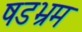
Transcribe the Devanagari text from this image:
षडभ्रम